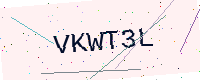
Text: VKWT3L